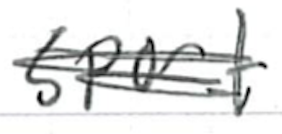
Text: sport
Cross-out: mix
Writing tool: ballpoint